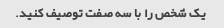
یک شخص را با سه صفت توصیف کنید.